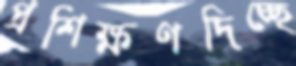
প্রশিক্ষণদিচ্ছে